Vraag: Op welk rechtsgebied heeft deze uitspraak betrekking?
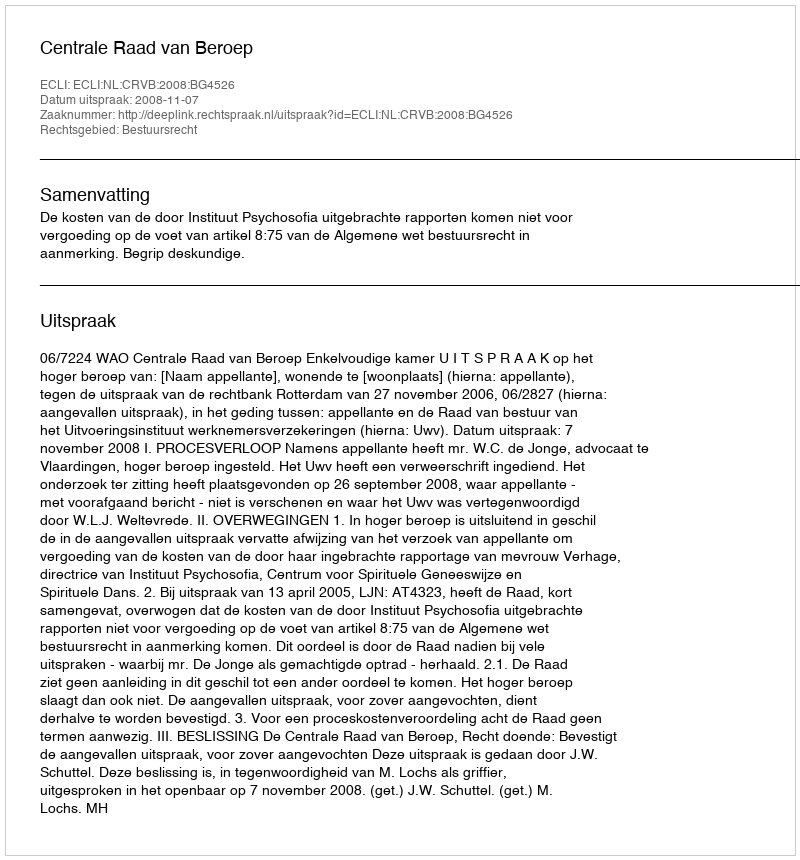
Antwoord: Bestuursrecht